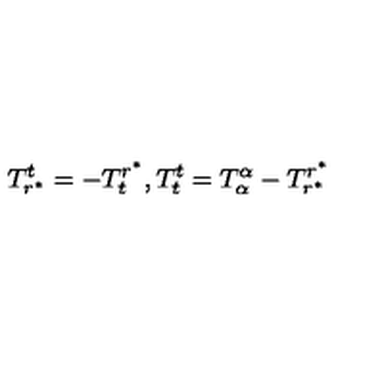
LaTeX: T _ { r ^ { \ast } } ^ { t } = - T _ { t } ^ { r ^ { \ast } } , T _ { t } ^ { t } = T _ { \alpha } ^ { \alpha } - T _ { r ^ { \ast } } ^ { r ^ { \ast } }